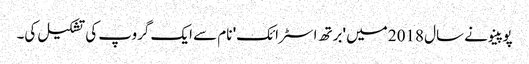
پوپینو نے سال 2018 میں 'برتھ اسٹرائک' نام سے ایک گروپ کی تشکیل کی۔